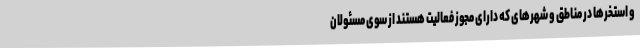
و استخرها در مناطق و شهرهای که دارای مجوز فعالیت هستند از سوی مسئولان